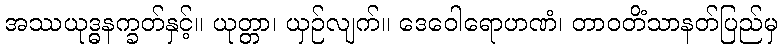
အဿယုဒ္ဓနက္ခတ်နှင့်။ ယုတ္တာ၊ ယှဉ်လျက်။ ဒေဝေါရောဟဏံ၊ တာဝတိံသာနတ်ပြည်မှ